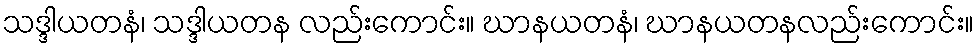
သဒ္ဒါယတနံ၊ သဒ္ဒါယတန လည်းကောင်း။ ဃာနယတနံ၊ ဃာနယတနလည်းကောင်း။